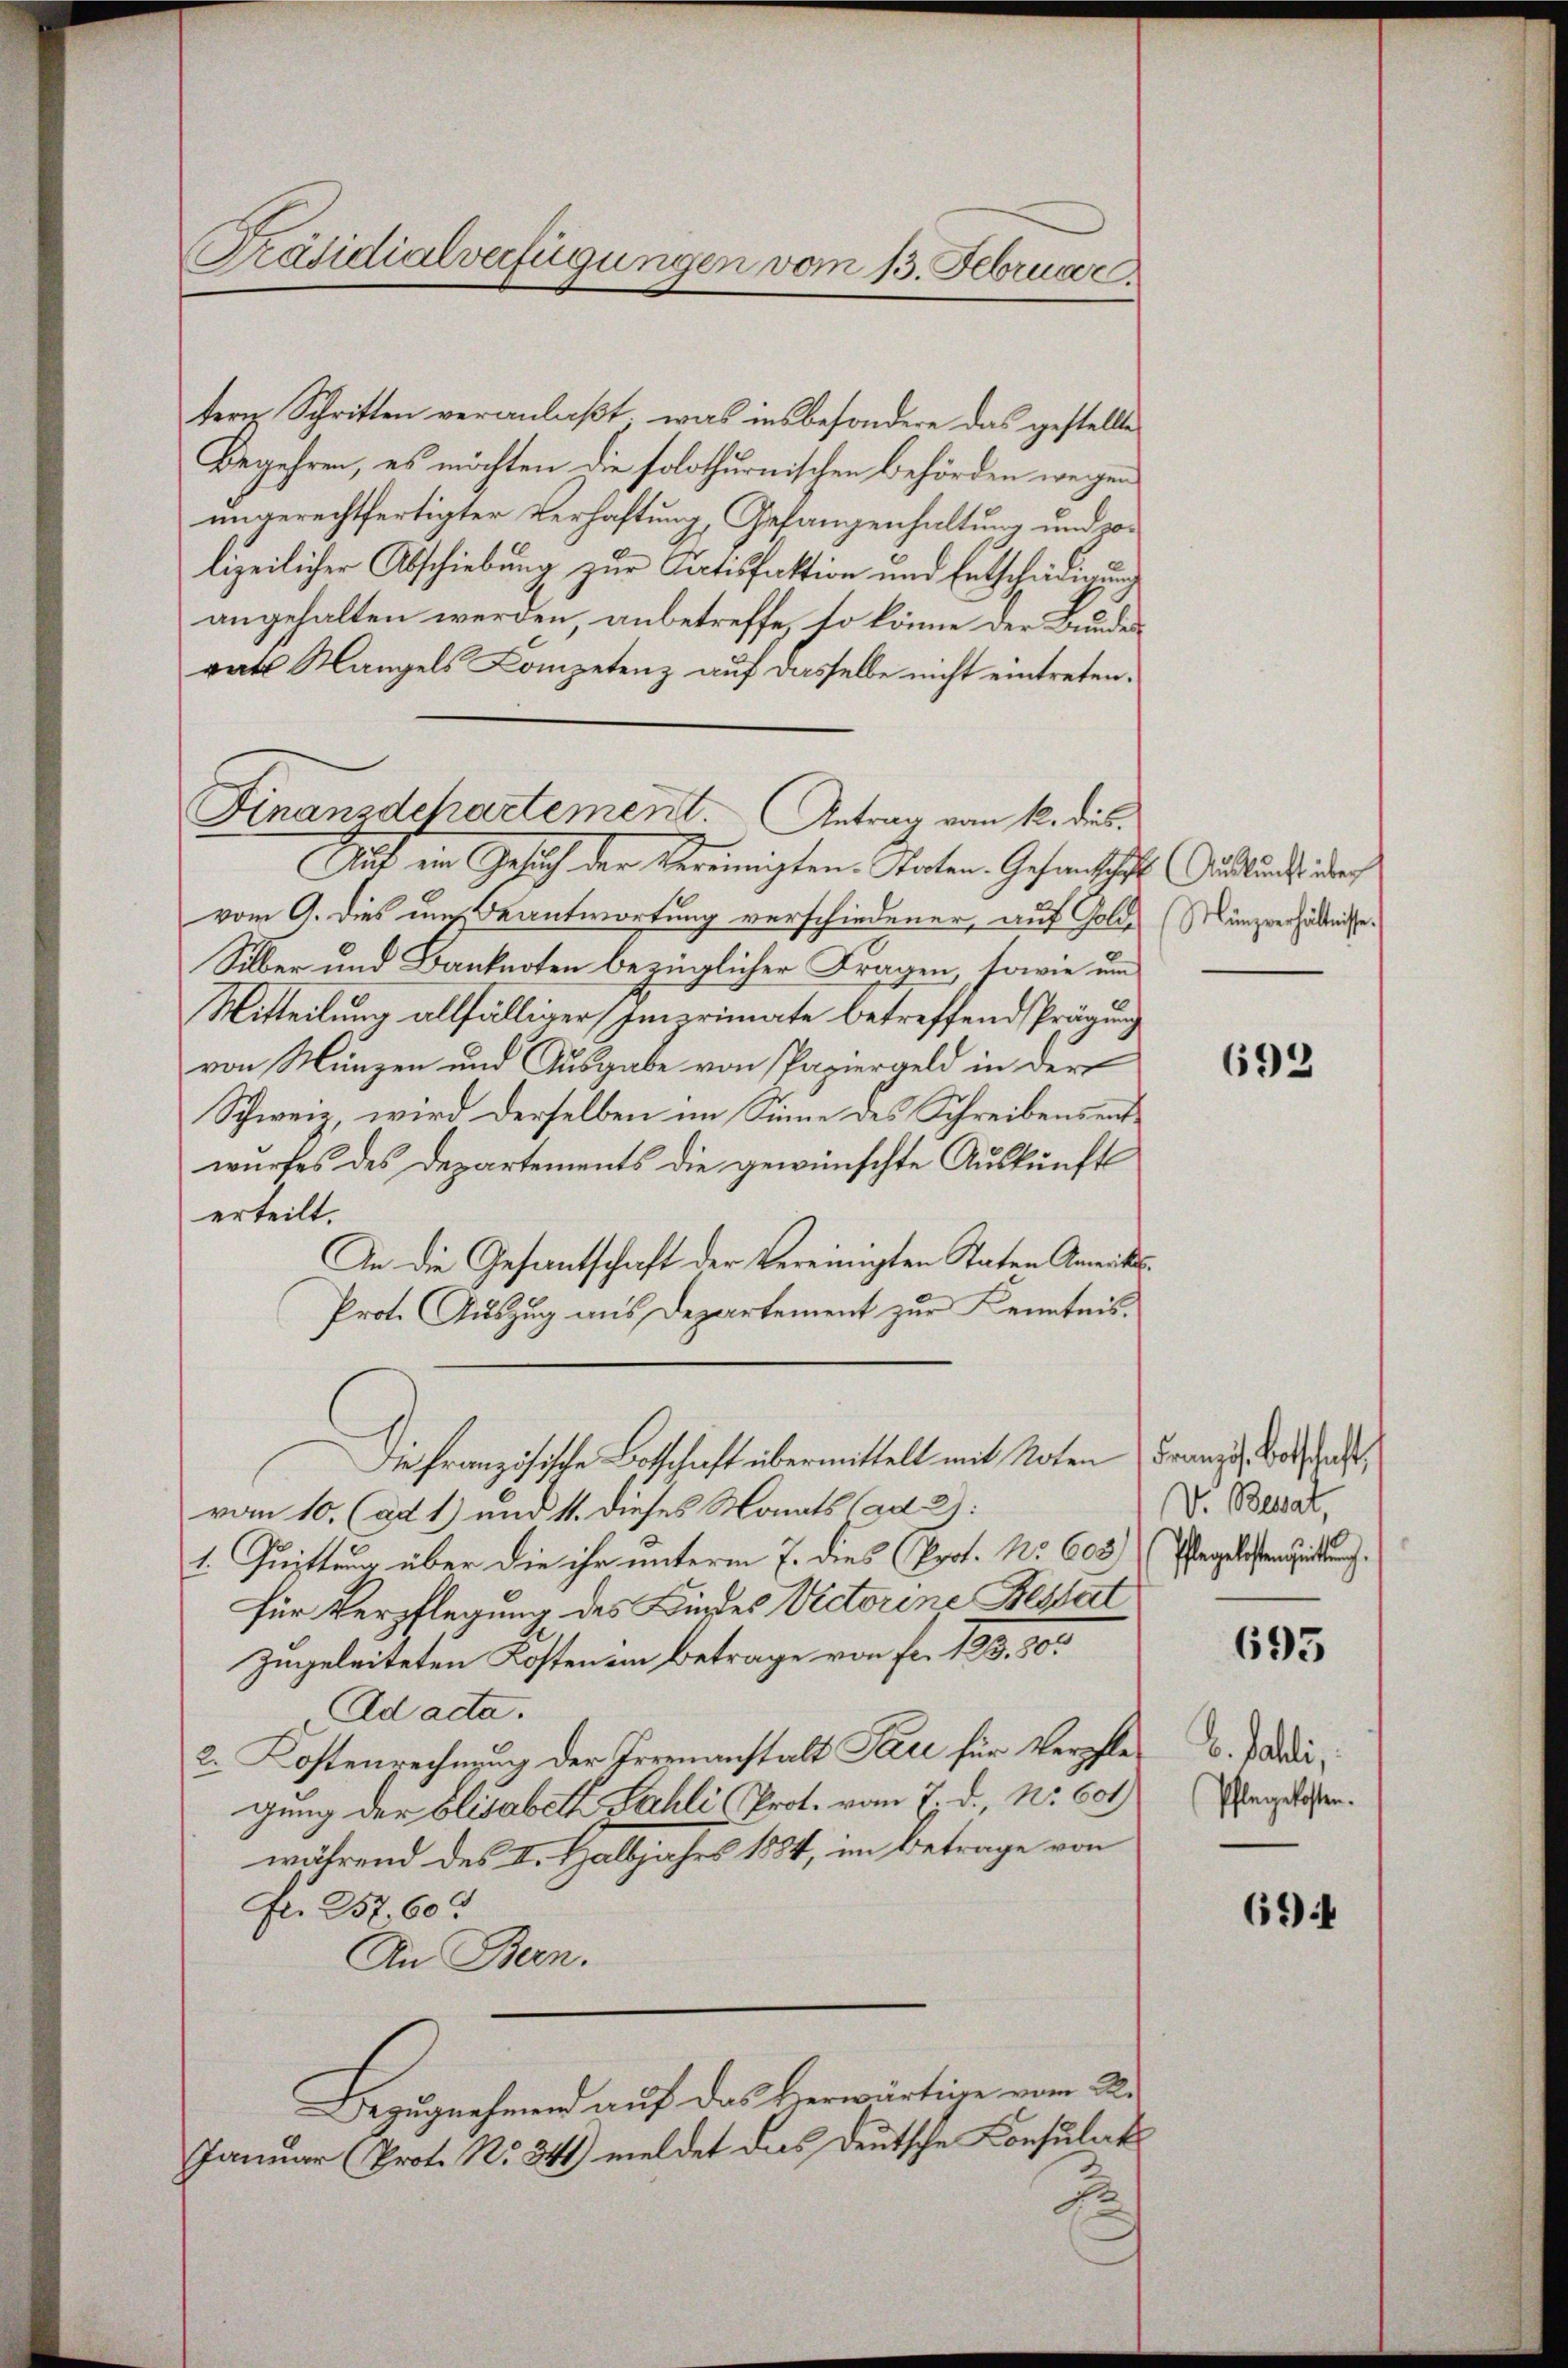
Präsidialverfügungen vom 13. Februar.

tern Schritten veranlaßt, was insbesondere das gestellte
Begehren, es möchten die solothurnischen Behörden wegen
ungerechtfertigter Verhaftung, Gefangenhaltung und zo
lizeilicher Abschiebung zur Satisfaktion und Entschädigung
angehalten werden anbetreffe, so könne der Bundes
rats Mangels Competenz auf dasselbe nicht eintreten.
Auf ein Gesich der Vereinigten. Torten Gesanschaft (Grund der
vom 9. dies um Beantwortung verschiedener, auf Golde
Silber und Banknoten bezüglicher Fragen, sowie um
Mitteilung allfälliger Emerimate betreffend Prägung
von Münzen und Ausgabe von Papiergeld in der
Schweiz, wird derselben im Sinne des Schreibensentwurfes des Departements die gewünschte Auskunft
erteilt.
In die Gesandtschaft der Vereinigten Staten Ameits¬
Prot. Auszug aus Departement zur Kenntnis.
Die Französische Botschaft übermittelt mit Noten
vom 10. (ad 1) und 11. dieses Monats (ad 2):
1. Quittung über die ihr unterm 7. dies (Prot. No 603)
für Verpflegung des Kindes Victorine Bestat
Zugeleiteten Kosten im Betrage von Fr. 133. 80
Ad acta.
2. Kostenrechnung der Irrenanstalt Pare für Verschlegung der Elisabeth Sahli (Prot. vom 7. d., Nr. 601
während des II. Halbjahrs 1884, im Betrage von
Fr. 257 60
An Bern.
Bezugnehmend auf das Verwärtige vom 22.
Januar (Prot. No. 341) meldet das Deutsche Consulat
F

Finanzdchartement. Antrag vom 1. dies

Münzverhältnisse.

Französ. Botschaft,
V. Besat,
Pflegelostensuittung.

692

695

b. Palli,
Pflegekosten.

694